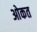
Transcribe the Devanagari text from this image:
ओकत